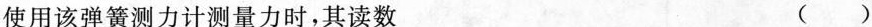
使用该弹簧测力计测量力时，其读数 （